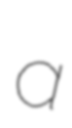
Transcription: a